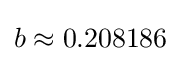
b\approx 0.208186